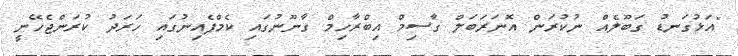
"އަޅުގަނޑު ގަބޫލެއް ނުކުރަން އޮނަރަބަލް ގާސިމް އިބްރާހިމް ގާނޫނުގައި ކެމްޕެއިނުގައި ހަރަދު ކުރަންޖެހޭނީ